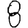
Digit: 8